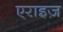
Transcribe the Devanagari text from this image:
एराइज़